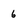
Character: 6